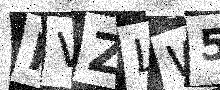
Text: KVZLW5